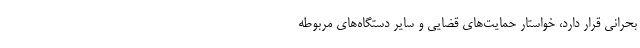
بحرانی قرار دارد، خواستار حمایت‌های قضایی و سایر دستگاه‌های مربوطه